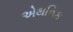
એથનિક